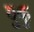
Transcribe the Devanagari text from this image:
युकु